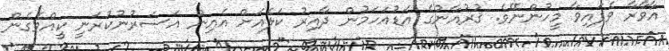
އާވާރާ ވެފައިވާ މީހުންނޭވެ. ޤުރުއާނުގެ އަޑުއަހަމުން ދާއިރު ކަލެއަށް އެއިން އަސަރުނުކުރަނީ ކީއްވެގެން